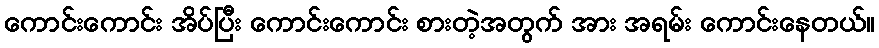
ကောင်းကောင်း အိပ်ပြီး ကောင်းကောင်း စားတဲ့အတွက် အား အရမ်း ကောင်းနေတယ်။